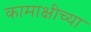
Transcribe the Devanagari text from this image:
कामाक्षीच्या